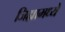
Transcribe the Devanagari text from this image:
जिह्यामध्ये